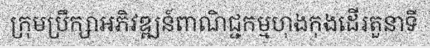
ក្រុមប្រឹក្សាអភិវឌ្ឍន៍ពាណិជ្ជកម្មហុងកុងដើរតួនាទី